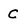
Character: C